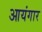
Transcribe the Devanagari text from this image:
आयंगार